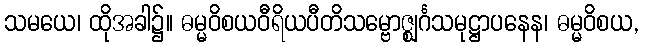
သမယေ၊ ထိုအခါ၌။ ဓမ္မဝိစယဝီရိယပီတိသမ္ဗောဇ္ဈင်္ဂသမုဋ္ဌာပနေန၊ ဓမ္မဝိစယ,